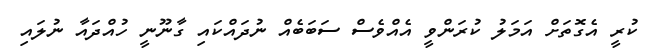
ކުރީ އެގޮތަށް އަމަލު ކުރަންވީ އެއްވެސް ސަބަބެއް ނުދައްކައި ގާނޫނީ ހުއްދައާ ނުލައި